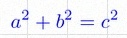
a^2+b^2=c^2